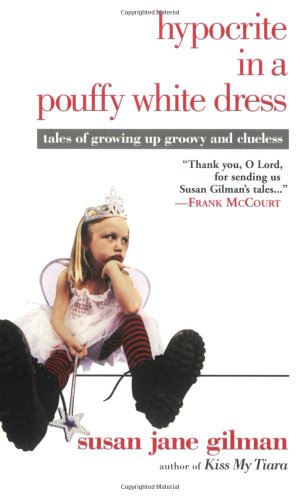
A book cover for Hypocrite in a Pouffy White Dress: Tales of Growing Up Groovy and Clueless; Susan Jane Gilman; Biographies & Memoirs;